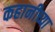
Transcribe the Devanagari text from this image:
कहानीच्या